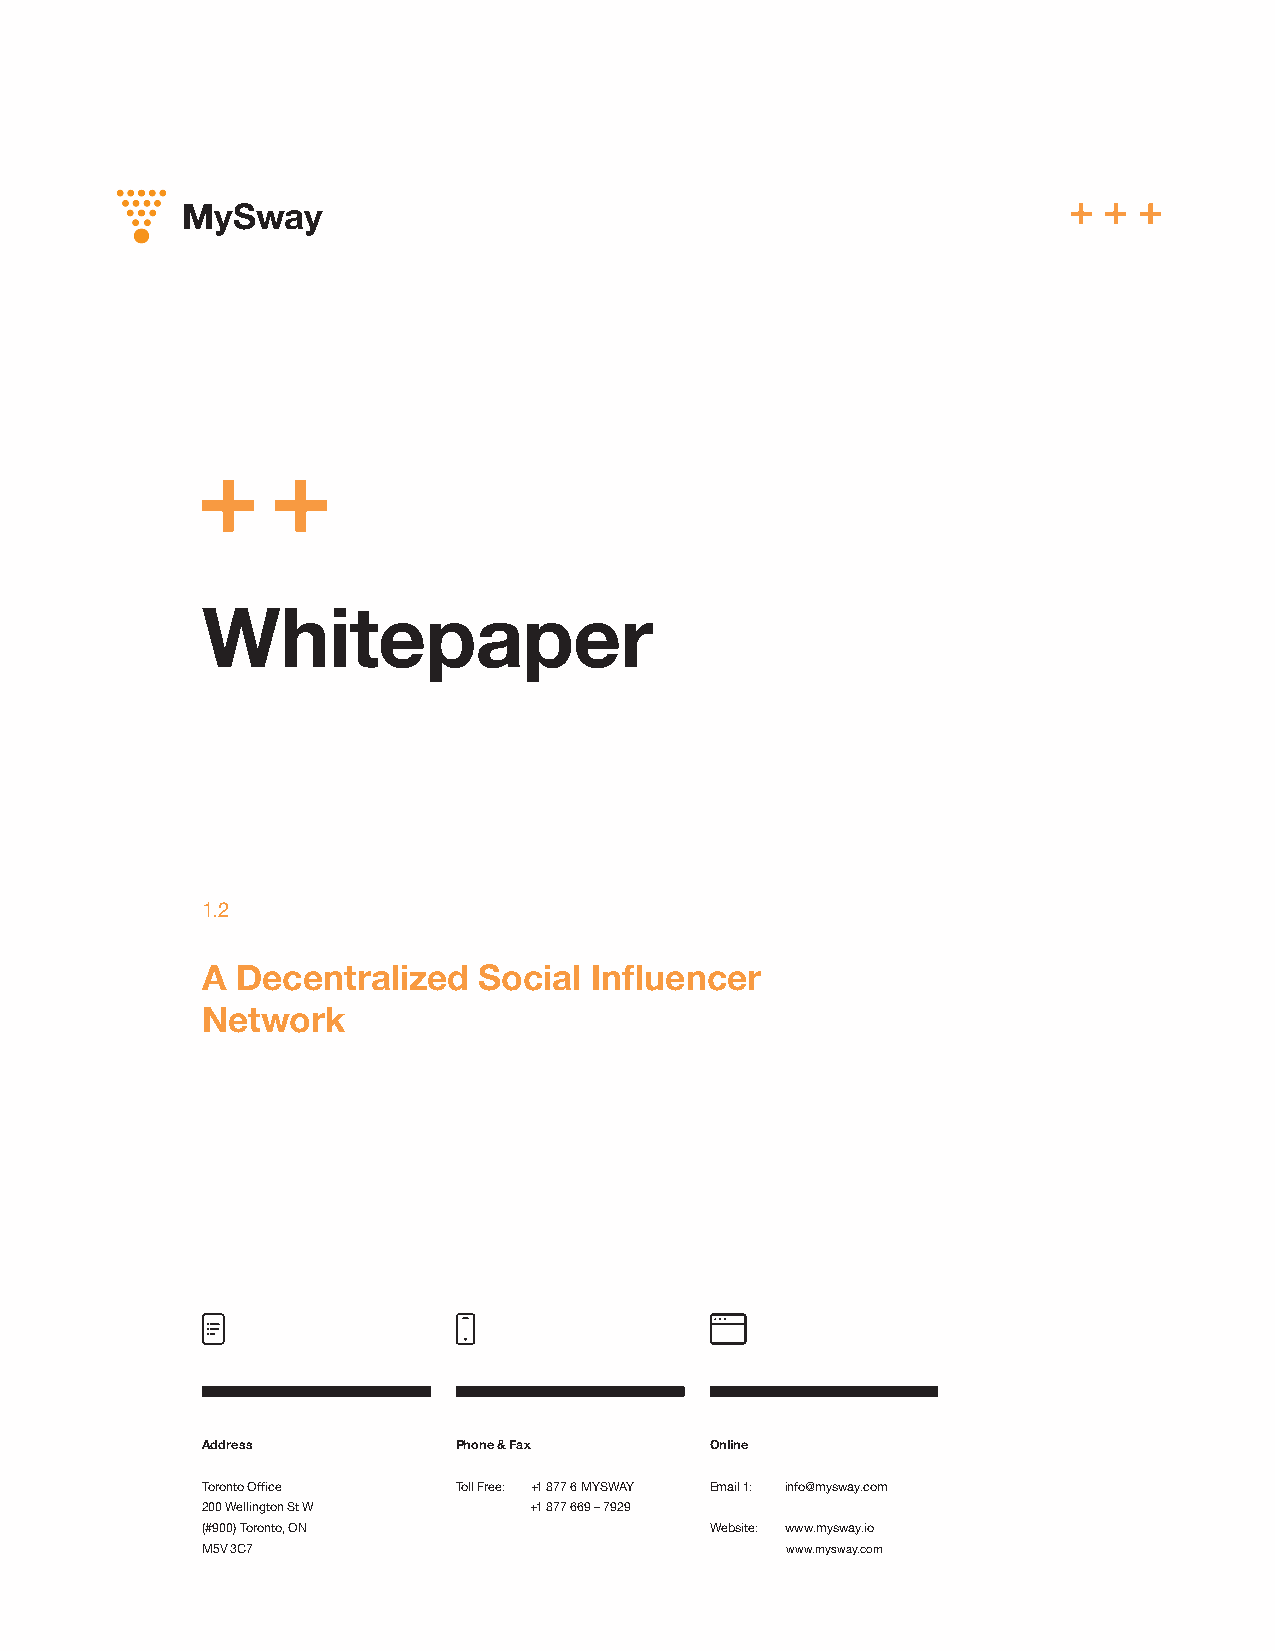
MySway
 Whitepaper
 1.2
 A  Decentralized   Social Influencer
 Network
 Address          Phone & Fax      Online
 Toronto Office   Toll Free: +1 877 6 MYSWAY Email 1: info@mysway.com
 200 Wellington St W   +1 877 669 – 7929
 (#900) Toronto, ON                Website: www.mysway.io
 M5V 3C7                                www.mysway.com